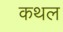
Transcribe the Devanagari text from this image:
कथल